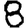
Digit: 8